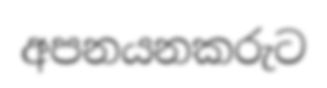
අපනයනකරුට